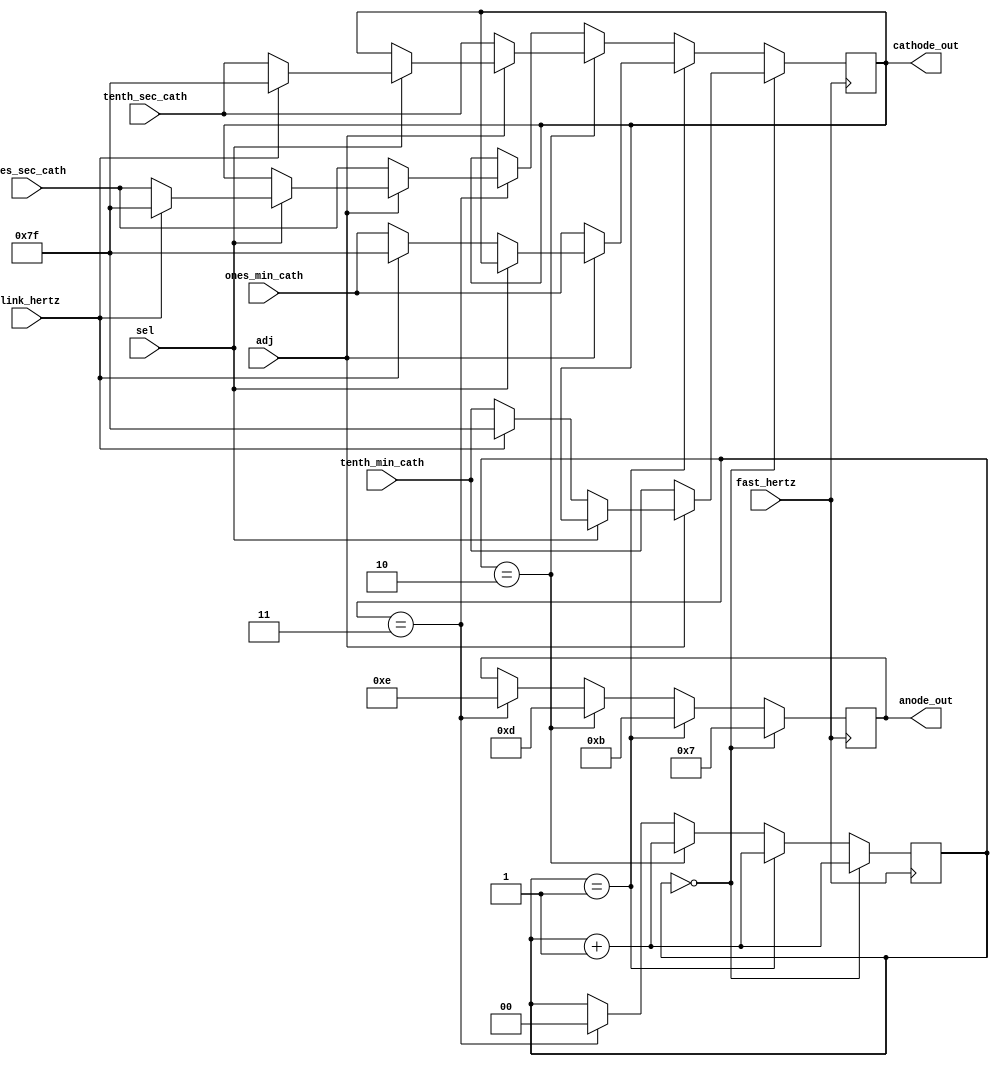
`timescale 1ns / 1ps
//////////////////////////////////////////////////////////////////////////////////
// Company: 
// Engineer: 
// 
// Design Name: 
// Module Name:    segment_display 
// Project Name: 
// Target Devices: 
// Tool versions: 
// Description: 
//
// Dependencies: 
//
// Revision: 
// Revision 0.01 - File Created
// Additional Comments: 
//
//////////////////////////////////////////////////////////////////////////////////
// see if we can remove and make it still work
module segment_display(input fast_hertz, input blink_hertz, input sel, input adj,
	input [6:0] tenth_min_cath, input [6:0] ones_min_cath, input [6:0] tenth_sec_cath, input [6:0] ones_sec_cath,
	output [3:0] anode_out, output [6:0] cathode_out);

	reg [1:0] which_digit = 2'b0;
	reg [3:0] anode_ref;
	reg [6:0] cathode_ref;
	
	/*
	always @ (*) begin
		anode_ref = 4'b0111;
		cathode_ref = 7'b1111111;
	end
	*/
	
	always @ (posedge fast_hertz) begin
		if (which_digit == 2'b00) begin
			if (!adj) begin
				cathode_ref = tenth_min_cath;
			end else begin
				if(!sel) begin
					if (blink_hertz) begin
						cathode_ref = 7'b1111111;
					end else begin
						cathode_ref = tenth_min_cath;
					end
				end
			end
			anode_ref = 4'b0111;
			which_digit <= which_digit + 2'b01;
		end else if (which_digit == 2'b01) begin
			if (!adj) begin
				cathode_ref = ones_min_cath;
			end else begin
				if(!sel) begin
					if (blink_hertz) begin
						cathode_ref = 7'b1111111;
					end else begin
						cathode_ref = ones_min_cath;
					end
				end
			end
			anode_ref = 4'b1011;
			which_digit <= which_digit + 2'b01;
		end else if (which_digit == 2'b10) begin
			if (!adj) begin
				cathode_ref = tenth_sec_cath;
			end else begin
				if(sel) begin
					if (blink_hertz) begin
						cathode_ref = 7'b1111111;
					end else begin
						cathode_ref = tenth_sec_cath;
					end
				end
			end
			anode_ref = 4'b1101;
			which_digit <= which_digit + 2'b01;
		end else if (which_digit == 2'b11) begin
			if (!adj) begin
				cathode_ref = ones_sec_cath;
			end else begin
				if(sel) begin
					if (blink_hertz) begin
						cathode_ref = 7'b1111111;
					end else begin
						cathode_ref = ones_sec_cath;
					end
				end
			end
			anode_ref = 4'b1110;
			which_digit <= 2'b00;
		end
	end
	
	
	assign anode_out = anode_ref;
	assign cathode_out = cathode_ref;
	
endmodule